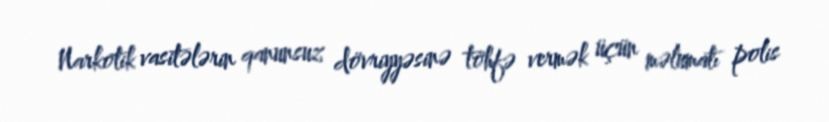
Narkotik vasitələrin qanunsuz dövriyyəsinə töhfə vermək üçün məlumatı polis